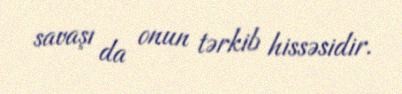
savaşı da onun tərkib hissəsidir.